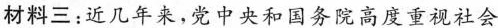
材料三：近几年来，党中央和国务院高度重视社会